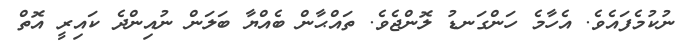
ނުކުމެފައެވެ. އެހާމެ ހަންގަނޑު ލޮންޖެވެ. ތައްޙާން ބެއްޔާ ބަލަން ނުއިންދެ ކައިރީ އޮތް